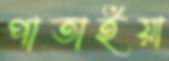
পাতাইয়া